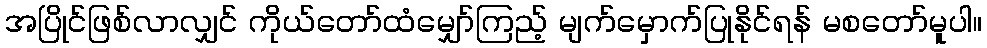
အပြိုင်ဖြစ်လာလျှင် ကိုယ်တော်ထံမျှော်ကြည့် မျက်မှောက်ပြုနိုင်ရန် မစတော်မူပါ။